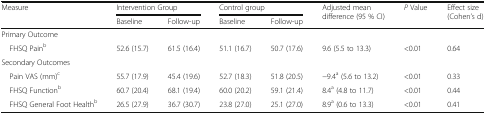
| <ROWSPAN=2> Measure | <COLSPAN=2> Intervention Group | <COLSPAN=2> Control group | <ROWSPAN=2> Adjusted mean difference (95 % CI) | <ROWSPAN=2> P Value | <ROWSPAN=2> Effect size (Cohen’s d) |
 | Baseline | Follow-up | Baseline | Follow-up |
 | --- | --- | --- | --- | --- | --- | --- | --- |
 | <COLSPAN=8> Primary Outcome |
 | FHSQ Painb | 52.6 (15.7) | 61.5 (16.4) | 51.1 (16.7) | 50.7 (17.6) | 9.6 (5.5 to 13.3) | <0.01 | 0.64 |
 | <COLSPAN=8> Secondary Outcomes |
 | Pain VAS (mm)c | 55.7 (17.9) | 45.4 (19.6) | 52.7 (18.3) | 51.8 (20.5) | −9.4a (5.6 to 13.2) | <0.01 | 0.33 |
 | FHSQ Functionb | 60.7 (20.4) | 68.1 (19.4) | 60.0 (20.2) | 59.1 (21.4) | 8.4a (4.8 to 11.7) | <0.01 | 0.44 |
 | FHSQ General Foot Healthb | 26.5 (27.9) | 36.7 (30.7) | 23.8 (27.0) | 25.1 (27.0) | 8.9a (0.6 to 13.3) | <0.01 | 0.41 |